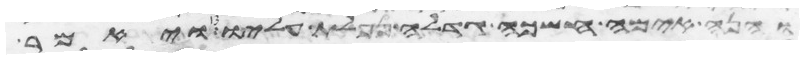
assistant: והנה אימה חשכה גדלה נפלת עליו ויאמר